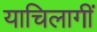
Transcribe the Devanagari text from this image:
याचिलागीं